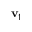
\mathbf { v } _ { 1 }